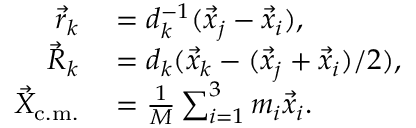
\begin{array} { r l } { \vec { r } _ { k } } & { { } = d _ { k } ^ { - 1 } ( \vec { x } _ { j } - \vec { x } _ { i } ) , } \\ { \vec { R } _ { k } } & { { } = d _ { k } ( \vec { x } _ { k } - ( \vec { x } _ { j } + \vec { x } _ { i } ) / 2 ) , } \\ { \vec { X } _ { \mathrm { c . m . } } } & { { } = \frac { 1 } { M } \sum _ { i = 1 } ^ { 3 } m _ { i } \vec { x } _ { i } . } \end{array}